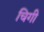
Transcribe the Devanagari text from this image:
चिगी